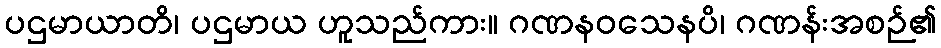
ပဌမာယာတိ၊ ပဌမာယ ဟူသည်ကား။ ဂဏနဝသေနပိ၊ ဂဏန်းအစဉ်၏